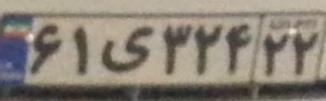
۶۱ی۳۲۴۲۲